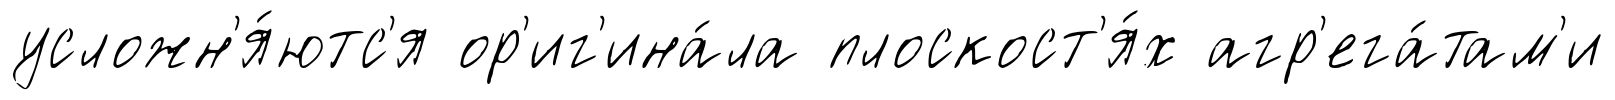
усложн'я́ютс'я ор'иг'ина́ла плоскост'я́х агр'ега́там'и